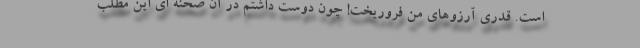
است. قدری آرزوهای من فروریخت! چون دوست داشتم در آن صحنه ای این مطلب